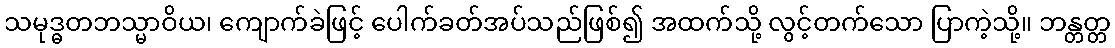
သမုဒ္ဓတဘသ္မာဝိယ၊ ကျောက်ခဲဖြင့် ပေါက်ခတ်အပ်သည်ဖြစ်၍ အထက်သို့ လွင့်တက်သော ပြာကဲ့သို့။ ဘန္တတ္တ